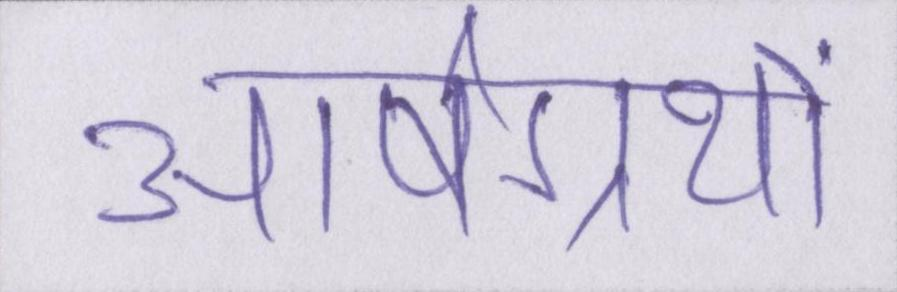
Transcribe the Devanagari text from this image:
आर्षग्रंथों